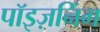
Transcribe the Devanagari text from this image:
पॉइज़निंग